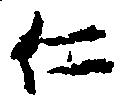
仁